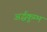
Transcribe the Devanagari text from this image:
अर्द्धकुम्भ